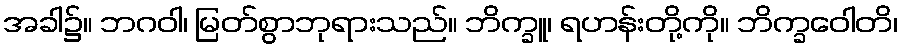
အခါ၌။ ဘဂဝါ၊ မြတ်စွာဘုရားသည်။ ဘိက္ခူ၊ ရဟန်းတို့ကို။ ဘိက္ခဝေါတိ၊